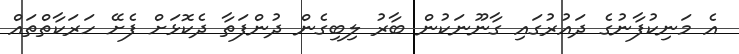
އެ މަނިކުފާނުގެ ދައުރުގައި ގާނޫނަކުން ބާރު ލިބިގެން ދުންފަތާ ދެކޮޅަށް ފެށޭ ހަރަކާތްތައް